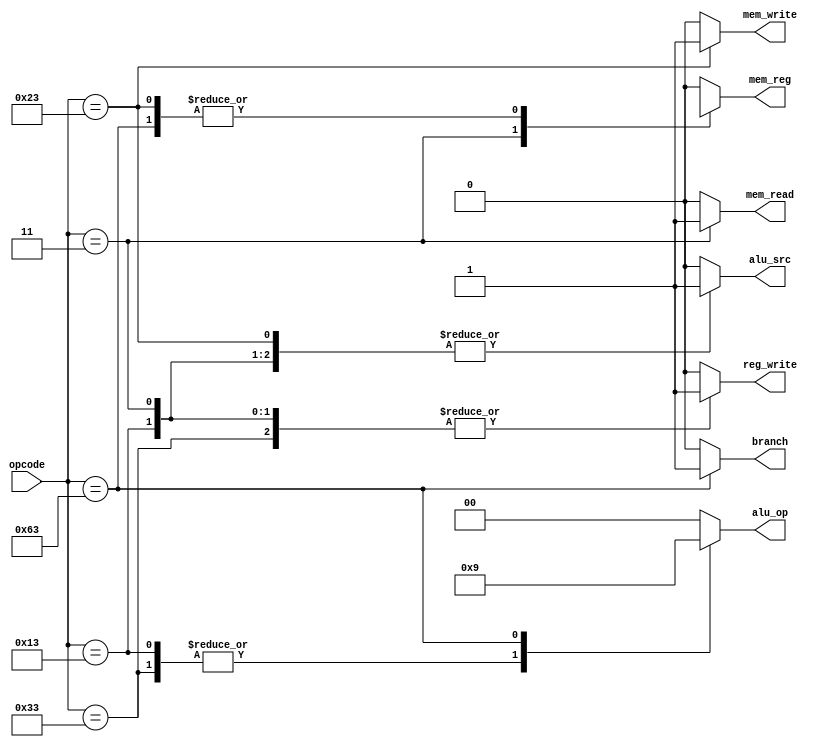
module control_unit(
    input [6:0] opcode,
    output reg [1:0] alu_op,
    output reg alu_src, mem_reg, reg_write, mem_read, mem_write, branch
);

always @(*)
begin
    // Default assignments
    alu_src = 1'b0;
    mem_reg = 1'b0;
    reg_write = 1'b0;
    mem_read = 1'b0;
    mem_write = 1'b0;
    branch = 1'b0;
    alu_op = 2'b00; // Default value

    case(opcode)
        7'b0110011: // R-type instructions
        begin
            alu_src = 1'b0;
				mem_reg = 1'b0;
				reg_write = 1'b1;
				mem_read = 1'b0;
				mem_write = 1'b0;
				branch = 1'b0;
				alu_op = 2'b10; 
        end
			
        7'b0000011: // ld-type I instructions
        begin
            alu_src = 1'b1;
				mem_reg = 1'b1;
				reg_write = 1'b1;
				mem_read = 1'b1;
				mem_write = 1'b0;
				branch = 1'b0;
				alu_op = 2'b00; 
        end

        7'b0010011: // I-type arithmetic
		  begin
				alu_src = 1'b1;
				mem_reg = 1'b0;
				reg_write = 1'b1;
				mem_read = 1'b0;
				mem_write = 1'b0;
				branch = 1'b0;
				alu_op = 2'b10;
		  end
					  
		  7'b0100011: // S-type instructions
        begin
            alu_src = 1'b1;
				mem_reg = 1'bx;
				reg_write = 1'b0;
				mem_read = 1'b0;
				mem_write = 1'b1;
				branch = 1'b0;
				alu_op = 2'b00;
        end

        7'b1100011: // SB-type instructions
        begin
            alu_src = 1'b0;
				mem_reg = 1'bx;
				reg_write = 1'b0;
				mem_read = 1'b0;
				mem_write = 1'b0;
				branch = 1'b1;
				alu_op = 2'b01;
        end
        
        default: // Default case for any other opcode values
        begin
				alu_src = 1'b0;
				mem_reg = 1'b0;
				reg_write = 1'b0;
				mem_read = 1'b0;
				mem_write = 1'b0;
				branch = 1'b0;
				alu_op = 2'b00; 
            // Optionally handle unexpected values here
        end
    endcase
end

endmodule